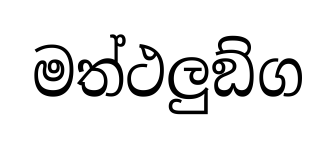
මත්ථලුඞ්ග